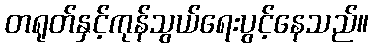
တရုတ်နှင့်ကုန်သွယ်ရေးပွင့်နေသည်။